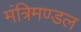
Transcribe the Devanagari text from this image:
मंत्रिमण्‍डल